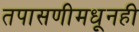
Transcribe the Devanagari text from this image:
तपासणीमधूनही